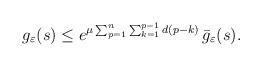
LaTeX: \begin{align*}g_\varepsilon(s) \leq e^{\mu \sum_{p=1}^n\sum_{k=1}^{p-1} d(p-k)}\,\bar{g}_\varepsilon(s).\end{align*}